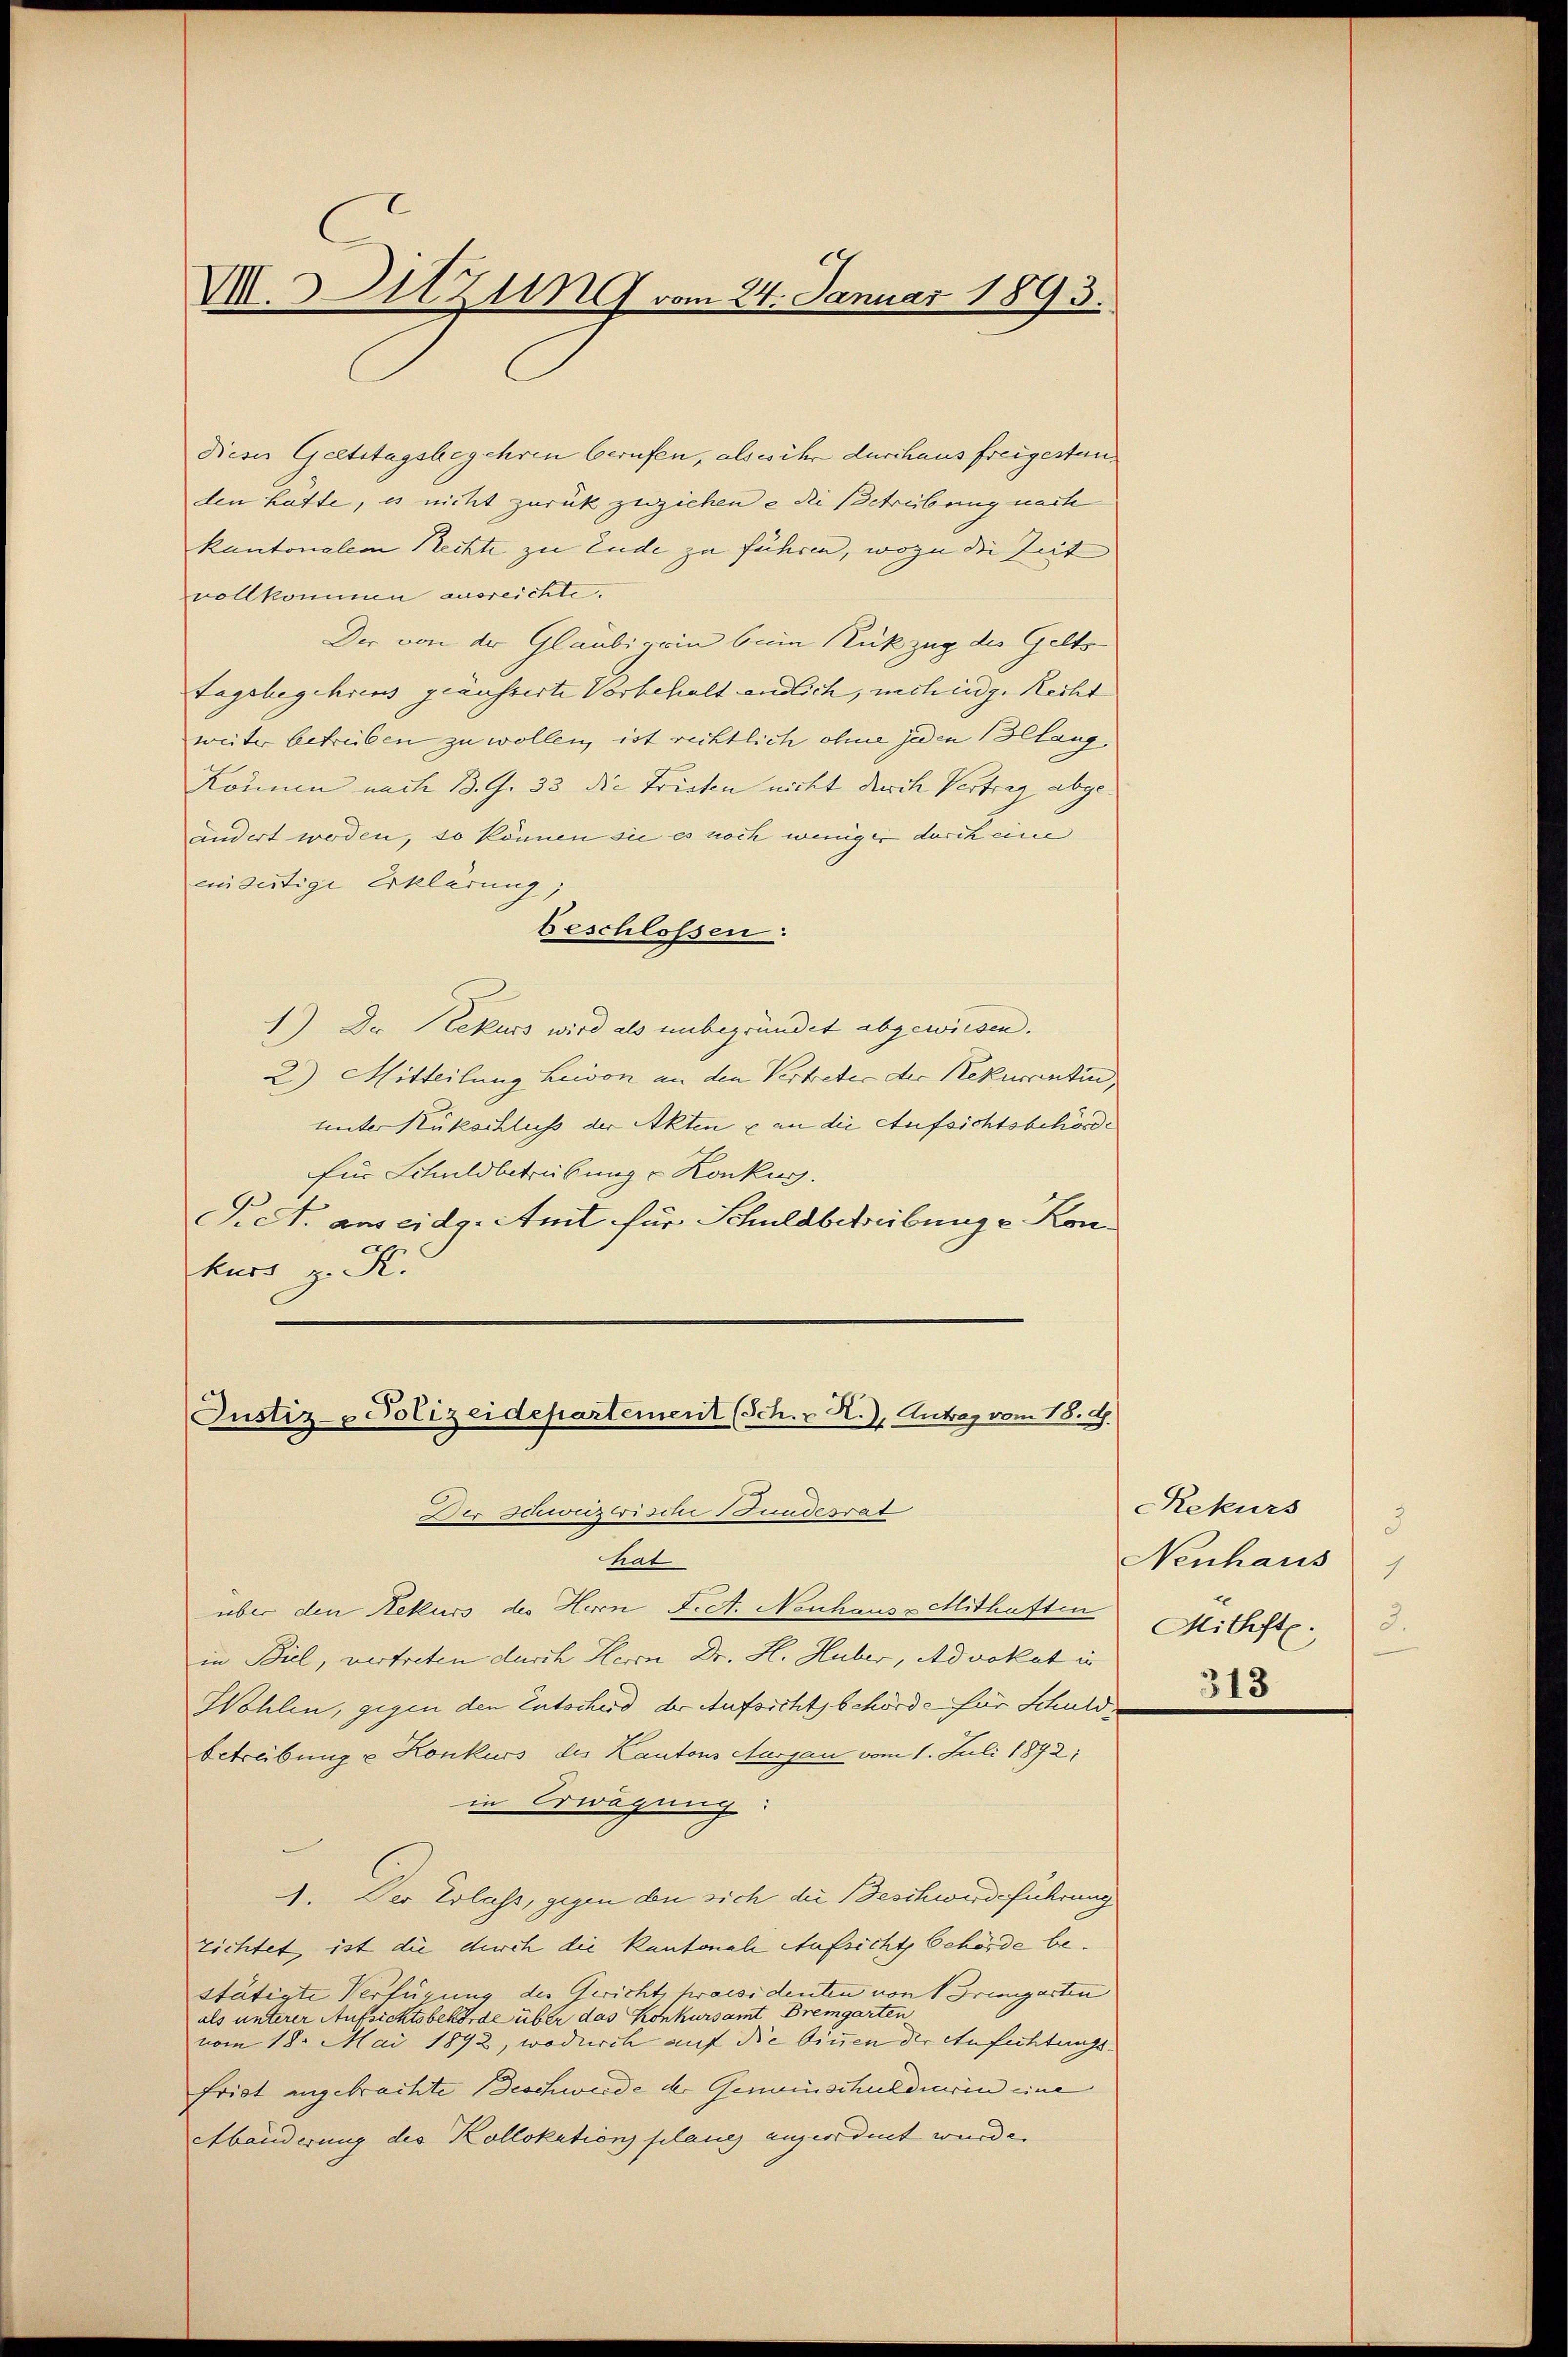
M. Sitzung vom 24. Januar 1893.

Dieses Geltstagsbegehren berufen, als es ihr durchaus freigestanden hätte, es nicht zurückzuziehen e die Betreibung nach
kantonalem Rechte zu Ende zu führen, wozu die Seit
vollkommen ausreichte.
Der von der Glaubigen bei Rückzug des Gelts
Tagsbegehrens geäusserte Vorbehalt endlich, nach eidg. Recht
weiter betreiben zu wollen, ist rechtlich ohne jeden Belang
Können nach B. G. 33 die Fristen nicht durch Vertrag abge
ändert worden, so können sie es noch weniger durch eine
einseitige Erklärung;
beschlossen:
1) Der Rekurs wird als unbegründet abgewiesen.
2) Mitteilung Luison an den Vertreter der Rekurantin,
unter Rückschluss der Akten & an die Aufsichtsbehörde
für Schuldbetrübung - Konkug.
F. A. ans eidg. Amt für Schuldbchreibung u. Kon
kurs z. S.

Justiz- Polizeidepartement (Sch. - N.), Antrag vom 18. G.
Der Schweizerische Stundesrat
hat

über den Rekurs des Herrn F. St. Neuhaus - Mithaften
in Biel, vertreten durch Herrn Dr. H. Huber, Advokat in
Wohlen, gegen den Entscherd der Aufsichtsbehörde für Schulde
betreibung u Konkurs des Kantons Ausgau vom 1. Juli 1872:
in Erwägung:
1. Der Erlass, gegen den sich die Beschwerdeführung
zichtet, ist die durch die Kantonale Aufsicht behörde bestätigte Verfügung des Gerichtskraesidenten von 1 Bremgarten
als unterer Aufsichtsbehörde über das Konkursamt Bremgarten
vom 18. Mai 1892, wodurch auf die binnen der Anfechtungs-
Frist angebrachte Beschwerde der Gemeinschuldiarin eine
Abänderung des Kollokations planz angeordnet wurde.

Rekurs
3
Neuhaus
1
Mithaft. 3.
313